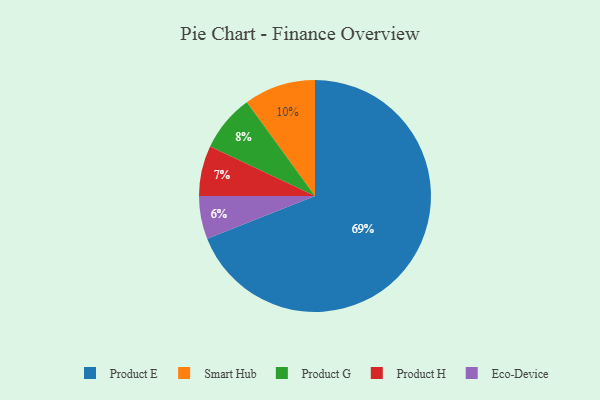
{"axis": {"x": "Category", "y": "Percentage"}, "legend": ["Eco-Device", "Product E", "Product G", "Product H", "Smart Hub"], "data": [{"x": "Eco-Device", "y": 6, "type": "Eco-Device"}, {"x": "Product E", "y": 69, "type": "Product E"}, {"x": "Product H", "y": 7, "type": "Product H"}, {"x": "Smart Hub", "y": 10, "type": "Smart Hub"}, {"x": "Product G", "y": 8, "type": "Product G"}]}